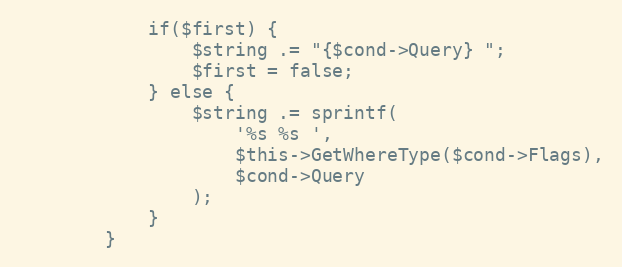
Language: PHP
			if($first) {
				$string .= "{$cond->Query} ";
				$first = false;
			} else {
				$string .= sprintf(
					'%s %s ',
					$this->GetWhereType($cond->Flags),
					$cond->Query
				);
			}
		}